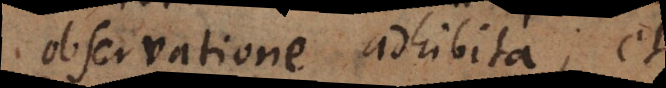
observatione adhibita, et